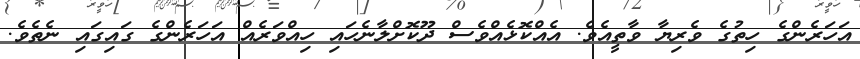
އަހަރެންގެ ހިތުގެ ވެރިޔާ ވާތީއެވެ. އެއްކޮޅެއްވެސް ދޫކޮށްލާނެހައި ހިއްވަރެއް އަހަރެންގެ ގައިގައި ނެތެވެ.